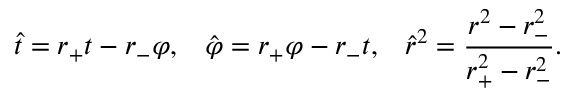
\hat { t } = r _ { + } t - r _ { - } \varphi , \; \; \; \hat { \varphi } = r _ { + } \varphi - r _ { - } t , \; \; \; \hat { r } ^ { 2 } = \frac { r ^ { 2 } - r _ { - } ^ { 2 } } { r _ { + } ^ { 2 } - r _ { - } ^ { 2 } } .